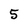
Character: 5